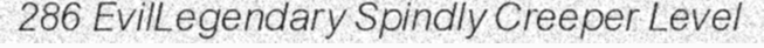
286 EvilLegendary Spindly Creeper Level